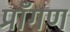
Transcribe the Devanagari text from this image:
प्राँगण